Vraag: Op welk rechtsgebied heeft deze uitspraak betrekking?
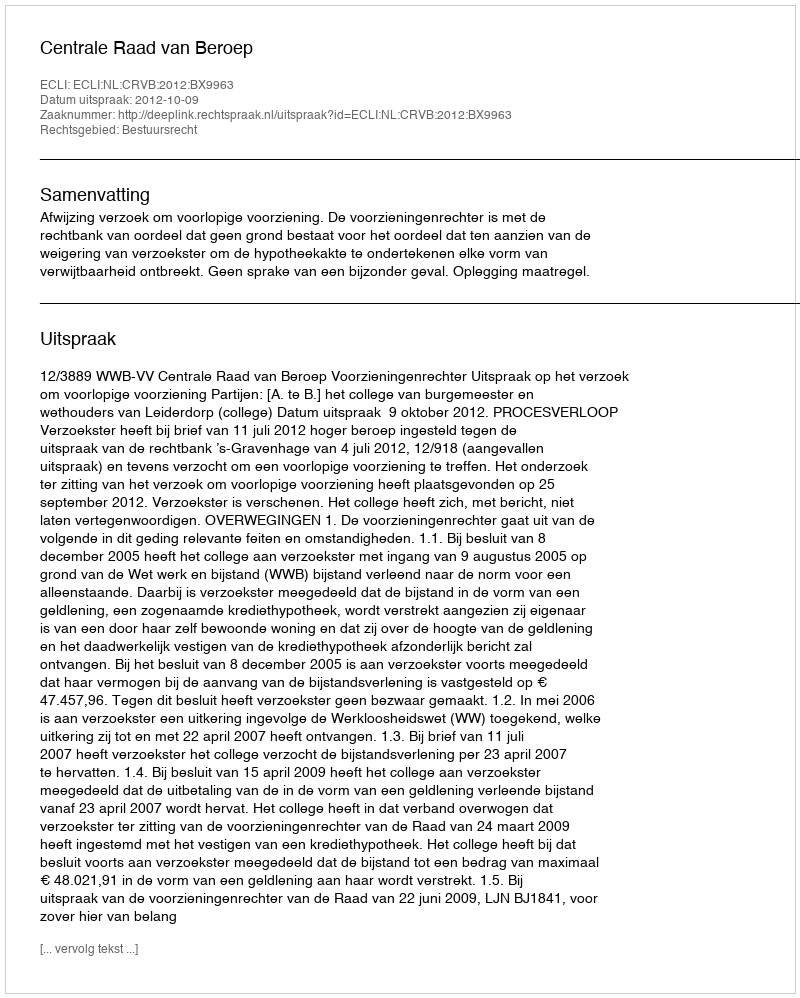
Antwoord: Bestuursrecht